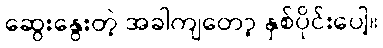
ဆွေးနွေးတဲ့ အခါကျတော့ နှစ်ပိုင်းပေါ့။